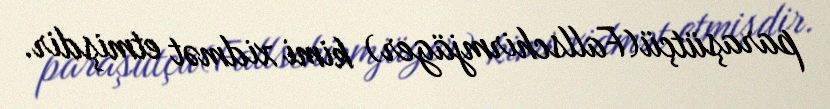
paraşütçü(Fallschirmjäger) kimi xidmət etmişdir.